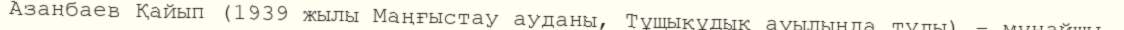
Азанбаев Қайып (1939 жылы Маңғыстау ауданы, Тұщықұдық ауылында туды) – мұнайшы.